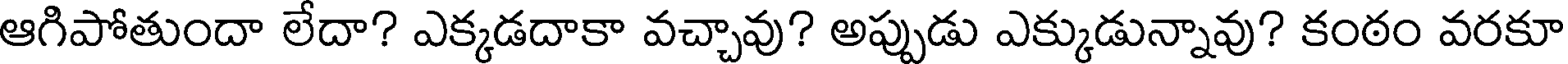
ఆగిపోతుందా లేదా? ఎక్కడదాకా వచ్చావు? అప్పుడు ఎక్కుడున్నావు? కంఠం వరకూ